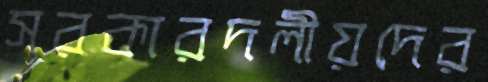
সরকারদলীয়দের